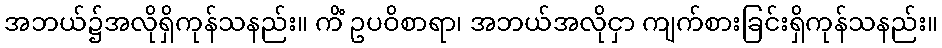
အဘယ်၌အလိုရှိကုန်သနည်း။ ကိံ ဥပဝိစာရာ၊ အဘယ်အလိုငှာ ကျက်စားခြင်းရှိကုန်သနည်း။